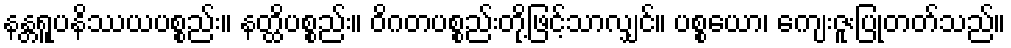
နန္တရူပနိဿယပစ္စည်း။ နတ္ထိပစ္စည်း။ ဝိဂတပစ္စည်းတို့ဖြင့်သာလျှင်။ ပစ္စယော၊ ကျေးဇူးပြုတတ်သည်။